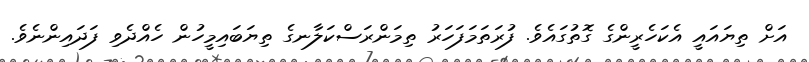
އަށް ތިޔައައީ އެކަހެރީންގެ ގޮތުގައެވެ. ފުރަތަމަފަހަރު ތިމަންރަސްކަލާނގެ ތިޔަބައިމީހުން ހެއްދެވި ފަދައިންނެވެ.